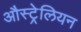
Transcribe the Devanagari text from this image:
औस्ट्रेलियन